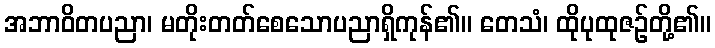
အဘာဝိတပညာ၊ မတိုးတတ်စေသောပညာရှိကုန်၏။ တေသံ၊ ထိုပုထုဇဉ်တို့၏။